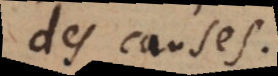
des causes